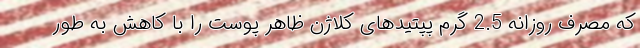
که مصرف روزانه 2.5 گرم پپتیدهای کلاژن ظاهر پوست را با کاهش به طور